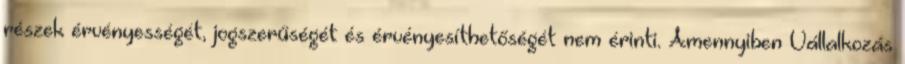
részek érvényességét, jogszerűségét és érvényesíthetőségét nem érinti. Amennyiben Vállalkozás